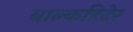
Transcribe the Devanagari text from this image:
बाल्कहिदेर